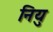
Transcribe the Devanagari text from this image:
नियु